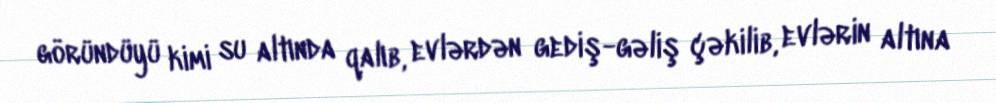
göründüyü kimi su altında qalıb, evlərdən gediş-gəliş çəkilib, evlərin altına